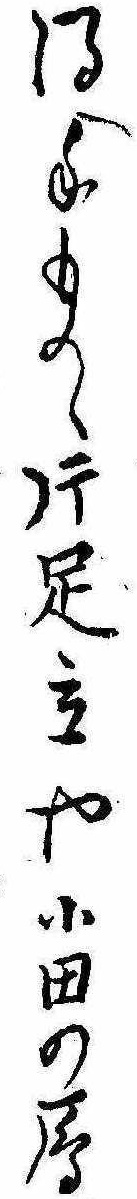
得てものゝ片足立や小田の雁